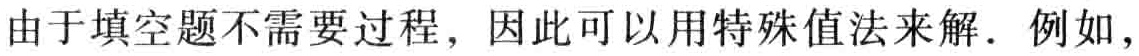
由于填空题不需要过程，因此可以用特殊值法来解．例如，